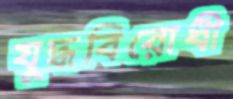
যুদ্ধবিরোধী